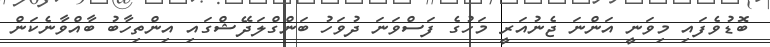
ބޮޑުވެފައި މިވަނީ އަންނަ ޖެނުއަރީ މަހުގެ ފަސްވަނަ ދުވަހު ބަންގްލަދޭޝްގައި އިންތިހާބު ބާއްވާނެކަން